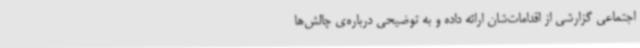
اجتماعی گزارشی از اقدامات‌شان ارائه داده و به توضیحی درباره‌ی چالش‌ها